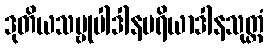
ဒုတိယသဗ္ဗုပါဒါနပရိယာဒါနသုတ္တံ